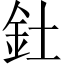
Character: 釷